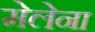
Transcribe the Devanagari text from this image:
मेलेना